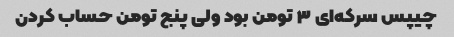
چیپس سرکه‌ای ۳ تومن بود ولی پنج تومن حساب کردن